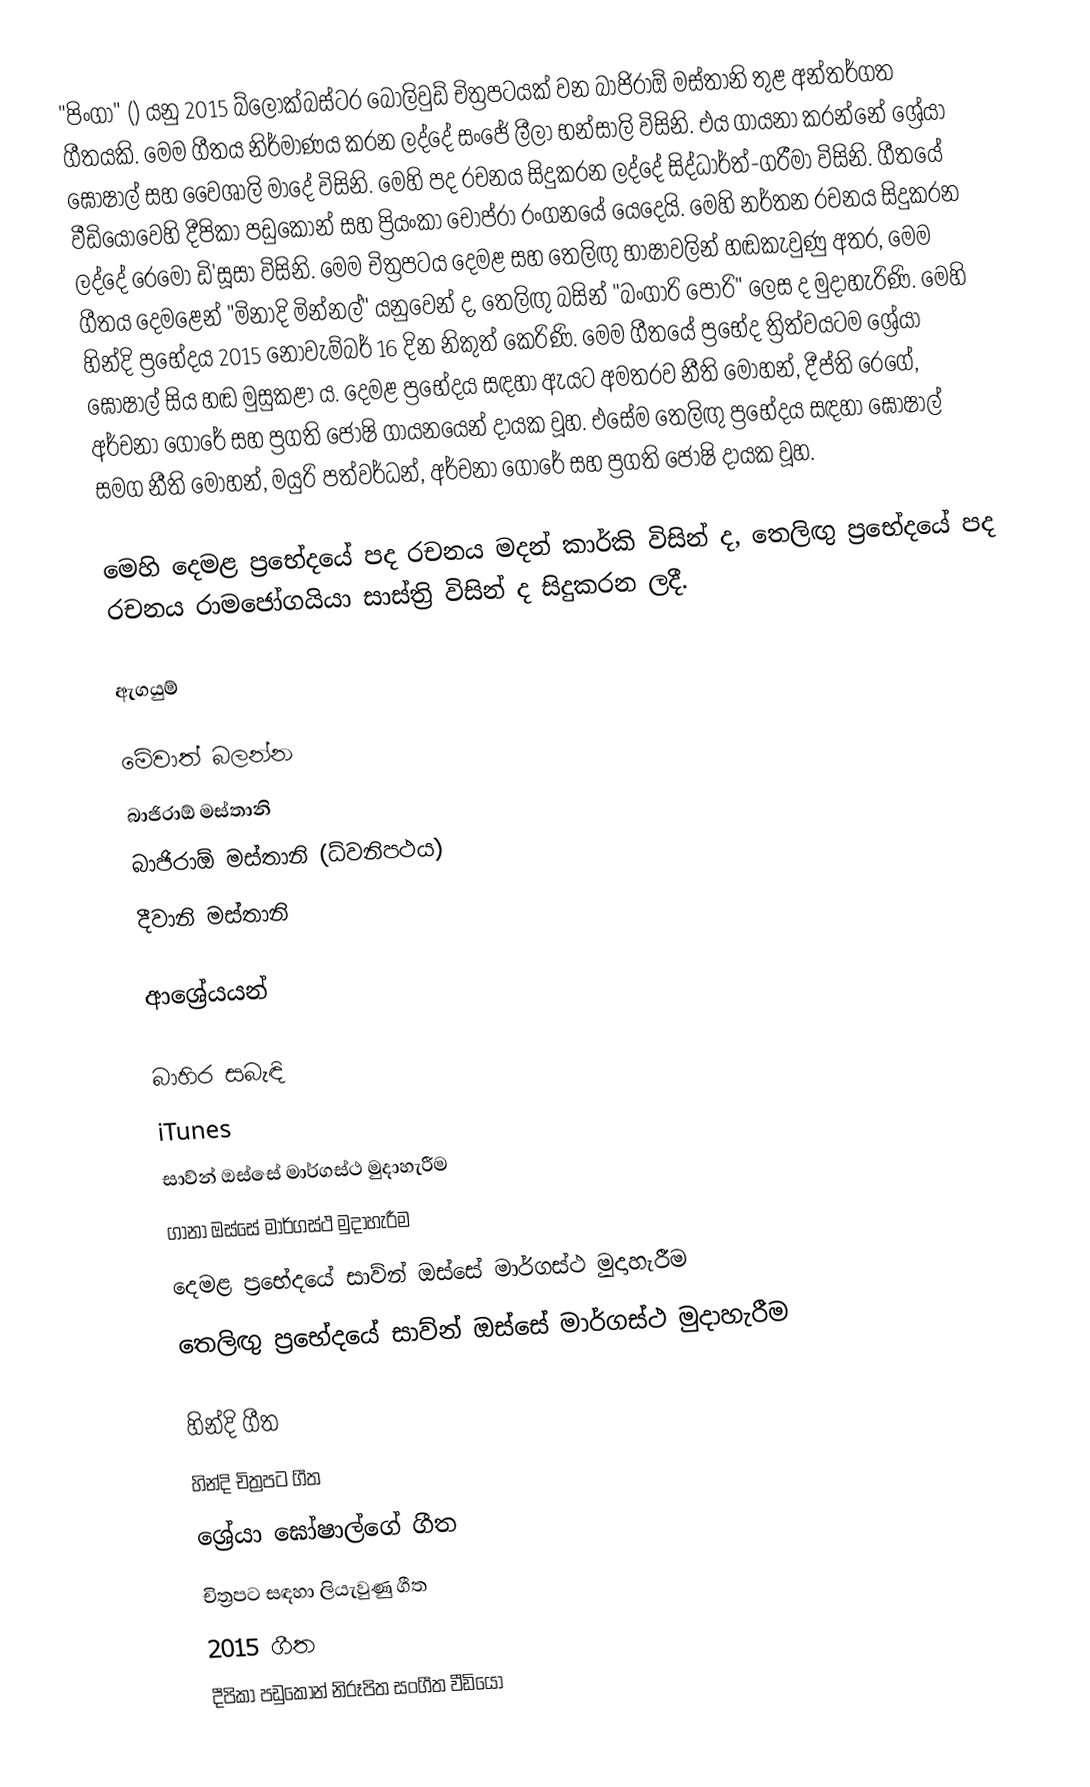
"පිංගා" () යනු 2015 බ්ලොක්බස්ටර බොලිවුඩ් චිත්‍රපටයක් වන බාජිරාඕ මස්තානි තුළ අන්තර්ගත ගීතයකි. මෙම ගීතය නිර්මාණය කරන ලද්දේ සංජේ ලීලා භන්සාලි විසිනි. එය ගායනා කරන්නේ ශ්‍රේයා ඝෝෂාල් සහ වෛශාලි මාදේ විසිනි. මෙහි පද රචනය සිදුකරන ලද්දේ සිද්ධාර්ත්-ගරීමා විසිනි. ගීතයේ වීඩියෝවෙහි දීපිකා පඩුකෝන් සහ ප්‍රියංකා චොප්රා රංගනයේ යෙදෙයි. මෙහි නර්තන රචනය සිදුකරන ලද්දේ රෙමෝ ඩි'සූසා විසිනි. මෙම චිත්‍රපටය දෙමළ සහ තෙලිඟු භාෂාවලින් හඬකැවුණු අතර, මෙම ගීතය දෙමළෙන් "මිනාදි මින්නල්" යනුවෙන් ද, තෙලිඟු බසින් "බංගාරි පෝරි" ලෙස ද මුදාහැරිණි. මෙහි හින්දි ප්‍රභේදය 2015 නොවැම්බර් 16 දින නිකුත් කෙරිණි. මෙම ගීතයේ ප්‍රභේද ත්‍රිත්වයටම ශ්‍රේයා ඝෝෂාල් සිය හඬ මුසුකළා ය. දෙමළ ප්‍රභේදය සඳහා ඇයට අමතරව නීති මෝහන්, දීප්ති රෙගේ, අර්චනා ගෝරේ සහ ප්‍රගති ජෝෂි ගායනයෙන් දායක වූහ. එසේම තෙලිඟු ප්‍රභේදය සඳහා ඝෝෂාල් සමග නීති මෝහන්, මයුරි පත්වර්ධන්, අර්චනා ගෝරේ සහ ප්‍රගති ජෝෂි දායක වූහ.

මෙහි දෙමළ ප්‍රභේදයේ පද රචනය මදන් කාර්කි විසින් ද, තෙලිඟු ප්‍රභේදයේ පද රචනය රාමජෝගයියා සාස්ත්‍රි විසින් ද සිදුකරන ලදී.

ඇගයුම්

මේවාත් බලන්න
බාජිරාඕ මස්තානි
බාජිරාඕ මස්තානි (ධ්වනිපථය)
දීවානි මස්තානි

ආශ්‍රේයයන්

බාහිර සබැඳි
 iTunes
 සාව්න් ඔස්සේ මාර්ගස්ථ මුදාහැරීම
 ගානා ඔස්සේ මාර්ගස්ථ මුදාහැරීම
 දෙමළ ප්‍රභේදයේ සාව්න් ඔස්සේ මාර්ගස්ථ මුදාහැරීම
 තෙලිඟු ප්‍රභේදයේ සාව්න් ඔස්සේ මාර්ගස්ථ මුදාහැරීම

හින්දි ගීත
හින්දි චිත්‍රපට ගීත
ශ්‍රේයා ඝෝෂාල්ගේ ගීත
චිත්‍රපට සඳහා ලියැවුණු ගීත
2015 ගීත
දීපිකා පඩුකෝන් නිරූපිත සංගීත වීඩියෝ